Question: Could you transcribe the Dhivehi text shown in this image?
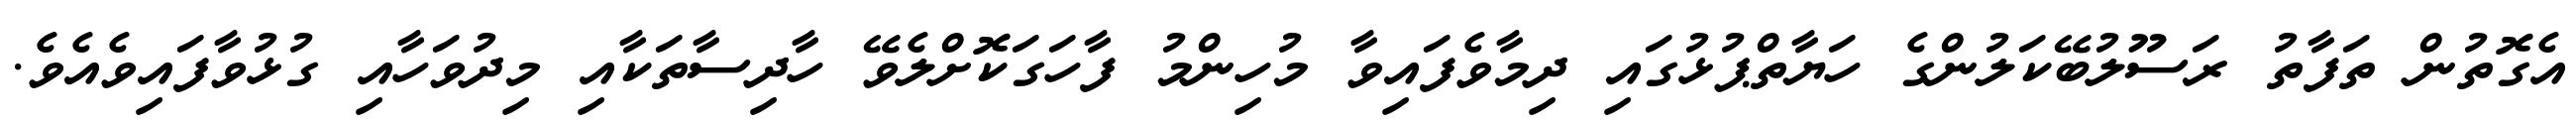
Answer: އެގޮތުން ތަފާތު ރަސޫލުބޭކަލުންގެ ހަޔާތްޕުޅުގައި ދިމާވެފައިވާ މުހިންމު ފާހަގަކޮށްލެވޭ ހާދިސާތަކާއި މިދުވަހާއި ގުޅުވާފައިވެއެވެ.